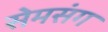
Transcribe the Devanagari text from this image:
सेमसंग